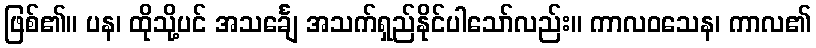
ဖြစ်၏။ ပန၊ ထိုသို့ပင် အသင်္ချေ အသက်ရှည်နိုင်ပါသော်လည်း။ ကာလဝသေန၊ ကာလ၏